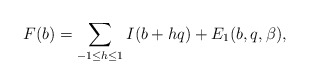
\begin{align*}F(b)=\sum_{-1\le h\le1}I(b+hq)+E_1(b,q,\beta),\end{align*}